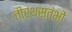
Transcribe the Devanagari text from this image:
तीर्थस्तंभों